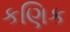
કણિક